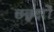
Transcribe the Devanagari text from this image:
छछुंदरों